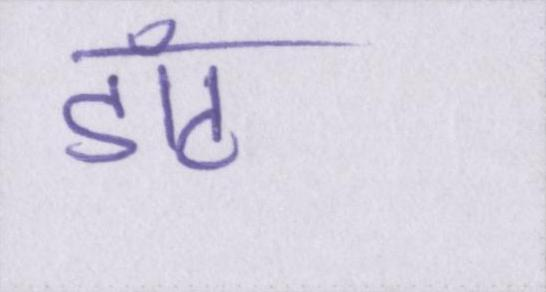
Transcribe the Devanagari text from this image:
डॉट